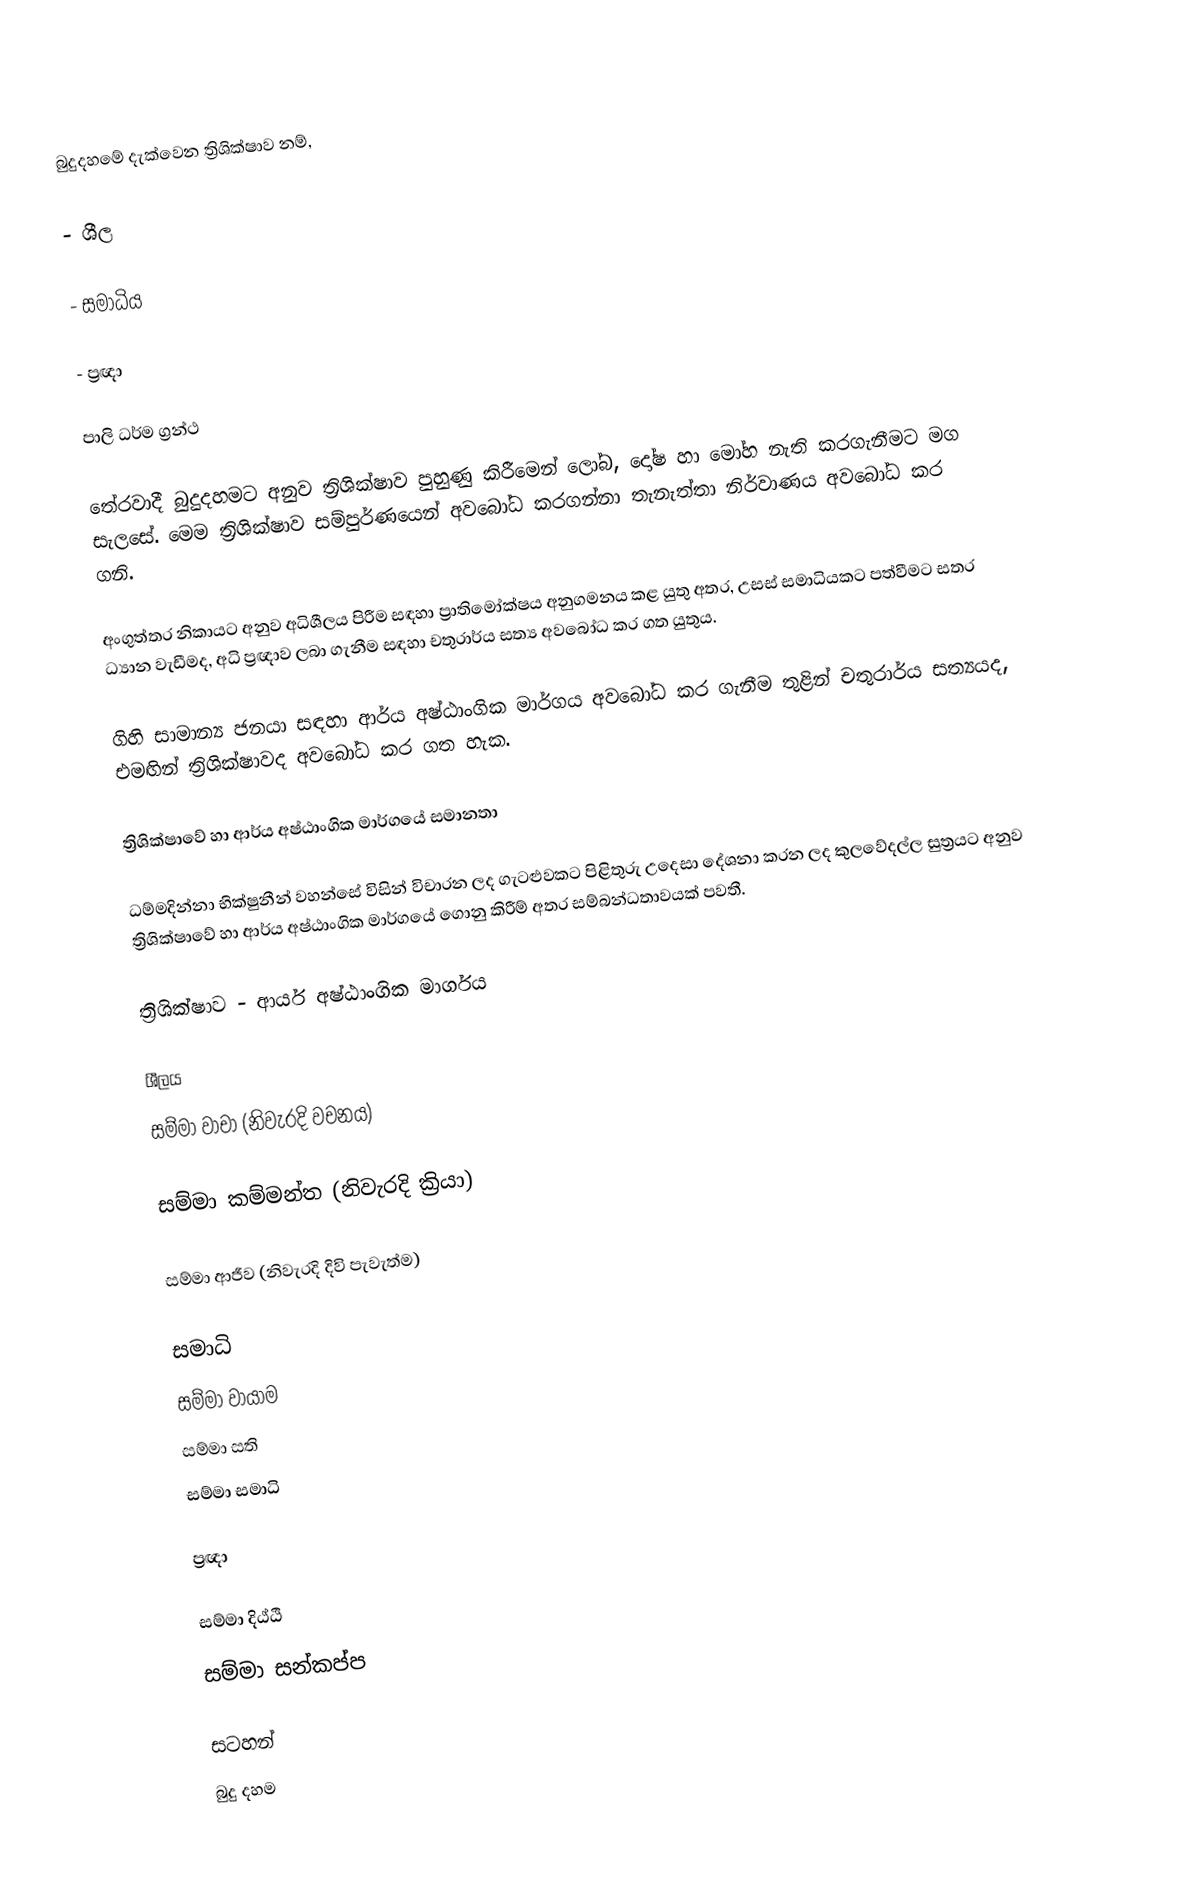
බුදුදහමේ දැක්වෙන ත්‍රිශික්ෂාව නම්,

-	ශීල

-	සමාධිය

-	ප්‍රඥා

පාලි ධර්ම ග්‍රන්ථ

තේරවාදී බුදුදහමට අනුව ත්‍රිශික්ෂාව පුහුණු කිරීමෙන් ලෝබ, දෝෂ හා මෝහ නැති කරගැනීමට මග සැලසේ. මෙම ත්‍රිශික්ෂාව සම්පුර්ණයෙන් අවබෝධ කරගන්නා තැනැත්තා නිර්වාණය අවබෝධ කර ගනි.

අංගුත්තර නිකායට අනුව අධිශීලය පිරීම සඳහා ප්‍රාතිමෝක්ෂය අනුගමනය කළ යුතු අතර, උසස් සමාධියකට පත්වීමට සතර ධ්‍යාන වැඩීමද, අධි ප්‍රඥාව ලබා ගැනීම සඳහා චතුරාර්ය සත්‍ය අවබෝධ කර ගත යුතුය.

ගිහි සාමාන්‍ය ජනයා සඳහා ආර්ය අෂ්ඨාංගික මාර්ගය අවබෝධ කර ගැනීම තුළින් චතුරාර්ය සත්‍යයද, එමඟින් ත්‍රිශික්ෂාවද අවබෝධ කර ගත හැක.

ත්‍රිශික්ෂාවේ හා ආර්ය අෂ්ඨාංගික මාර්ගයේ සමානතා

ධම්මදින්නා භික්ෂුනීන් වහන්සේ විසින් විචාරන ලද ගැටළුවකට පිළිතුරු උදෙසා දේශනා කරන ලද කුලවේදල්ල සුත්‍රයට අනුව ත්‍රිශික්ෂාවේ හා ආර්ය අෂ්ඨාංගික මාර්ගයේ ගොනු කිරීම් අතර සම්බන්ධතාවයක් පවතී.

ත්‍රිශික්ෂාව	-	ආර්ය අෂ්ඨාංගික මාර්ගය

ශීලය
සම්මා වාචා (නිවැරදි වචනය)

සම්මා කම්මන්ත (නිවැරදි ක්‍රියා)

සම්මා ආජීව (නිවැරදි දිවි පැවැත්ම)

සමාධි
සම්මා වායාම
සම්මා සති
සම්මා සමාධි

ප්‍රඥා

සම්මා දිඨ්ඨි
සම්මා සන්කප්ප

සටහන්
බුදු දහම